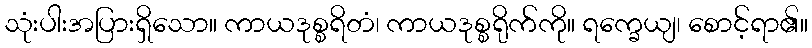
သုံးပါးအပြားရှိသော။ ကာယဒုစ္စရိတံ၊ ကာယဒုစ္စရိုက်ကို။ ရက္ခေယျ၊ စောင့်ရာ၏။